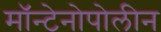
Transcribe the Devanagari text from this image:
मॉन्टेनोपोलीन